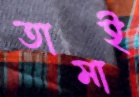
তামাই